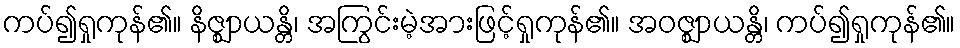
ကပ်၍ရှုကုန်၏။ နိဇ္ဈာယန္တိ၊ အကြွင်းမဲ့အားဖြင့်ရှုကုန်၏။ အဝဇ္ဈာယန္တိ၊ ကပ်၍ရှုကုန်၏။